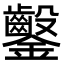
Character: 𨰢